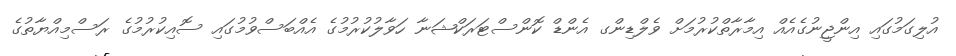
އުލިގަމުގައި އިންޖީނުގެއެއް އިމާރާތްކުރުމަށް ވެލްޑިންގ އެންޑް ކޮންސްޓަރަކްޝަނާ ހަވާލުކުރުމުގެ އެއްބަސްވުމުގައި ސޮއިކުރުމުގެ ރަސްމިއްޔާތުގެ